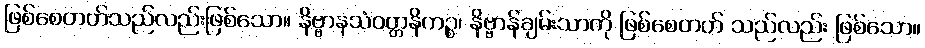
ဖြစ်စေတတ်သည်လည်းဖြစ်သော။ နိဗ္ဗာနသံဝတ္တနိကဉ္စ၊ နိဗ္ဗာန်ချမ်းသာကို ဖြစ်စေတတ် သည်လည်း ဖြစ်သော။